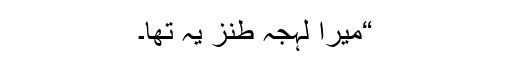
“میرا لہجہ طنز یہ تھا۔